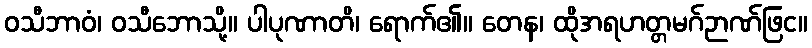
ဝသီဘာဝံ၊ ဝသီဘောသို့။ ပါပုဏာတိ၊ ရောက်၏။ တေန၊ ထိုအရဟတ္တမဂ်ဉာဏ်ဖြင။